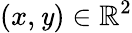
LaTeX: (x,\mathit{y})\in\mathbb{{R}}^{2}